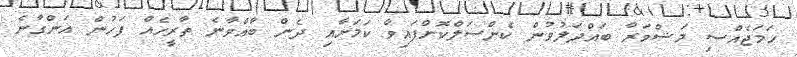
ހަމަޖެއްސި މަޝްވަރާ ބައްދަލުވުން ކެންސަލްކޮށްފައިވާ ކަމަށާއި ދެން ބާއްވާނެ ތާރީހެއް ފަހުން އަންގާނެ